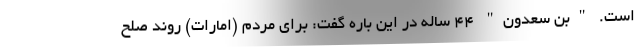
است. "بن سعدون" 44 ساله در این باره گفت: برای مردم (امارات) روند صلح